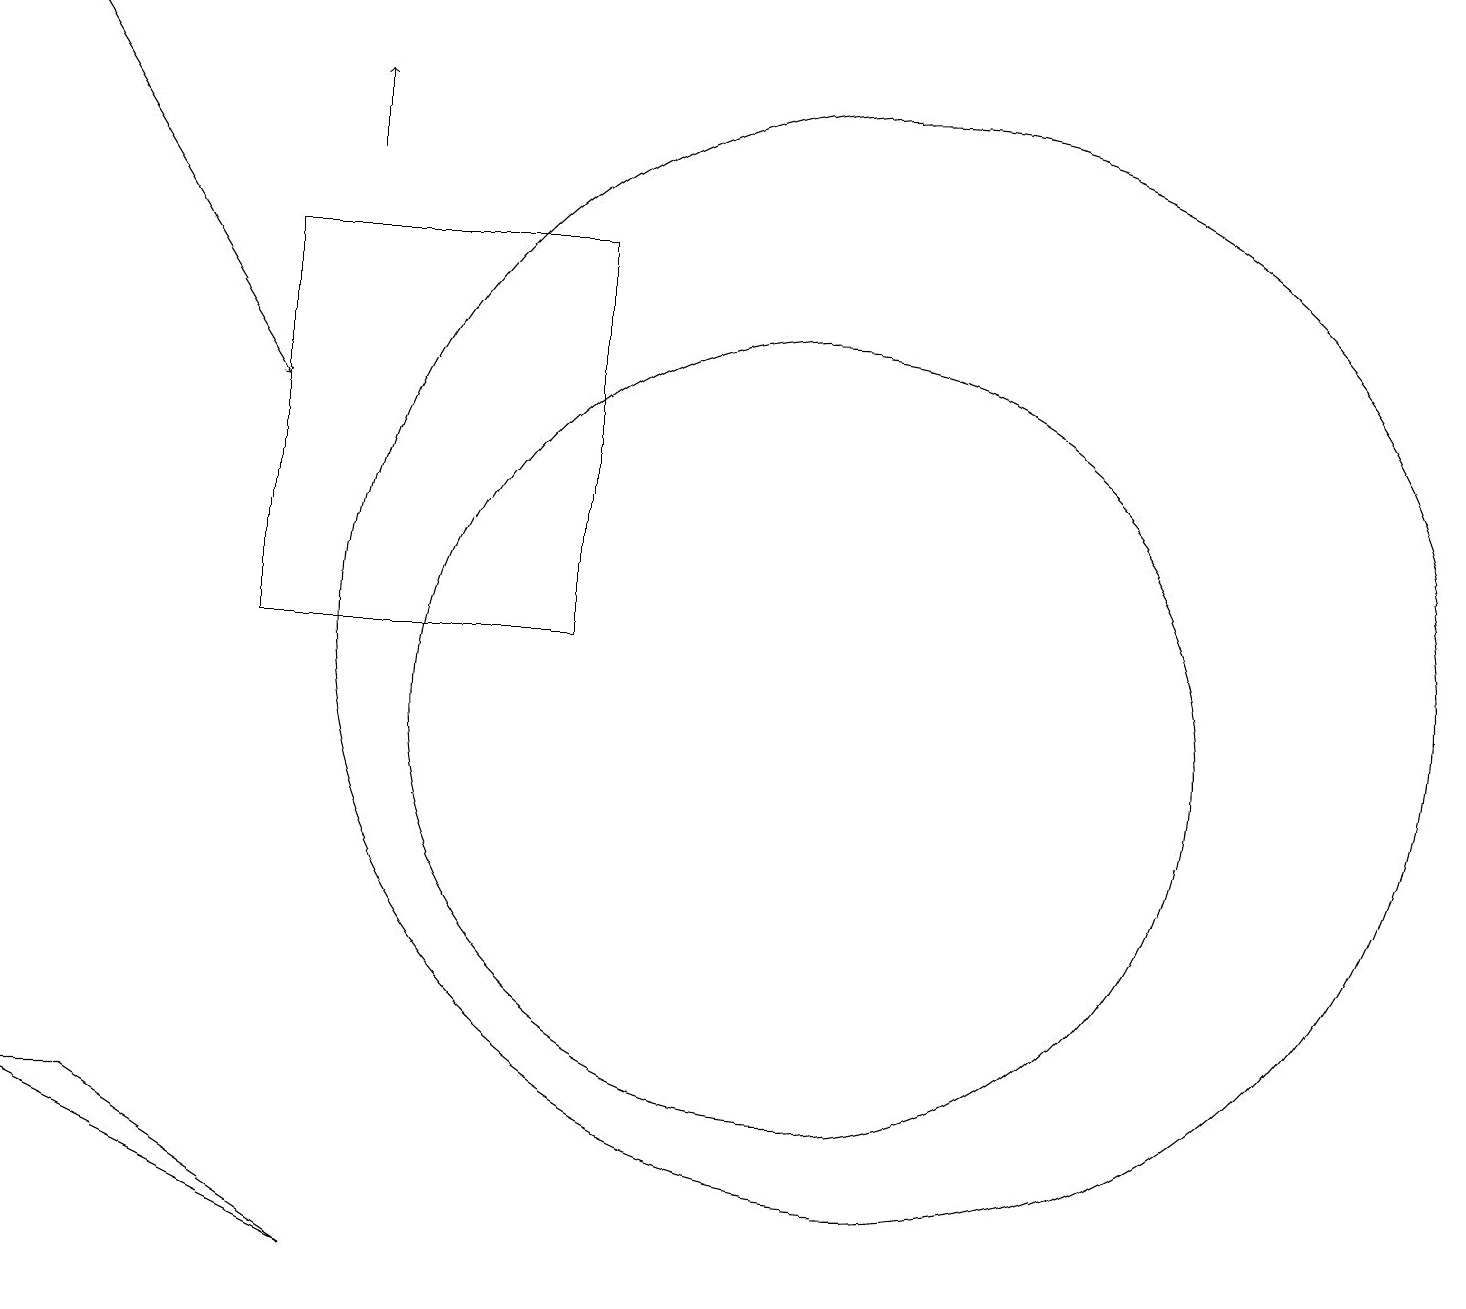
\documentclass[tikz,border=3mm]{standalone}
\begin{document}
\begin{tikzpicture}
\draw (4,3) -- (1,5) -- (0,5) -- cycle;
\draw[->] (4,17) -- (4,18);
\draw (11,11) circle (7);
\draw[->] (0,19) -- (3,14);
\draw (3,11) rectangle (7,16);
\draw (10,10) circle (5);
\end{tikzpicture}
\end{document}